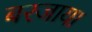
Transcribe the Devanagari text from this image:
बरजाया